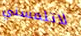
لاتلمسني